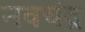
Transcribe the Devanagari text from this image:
नवचंद्र